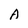
Character: A